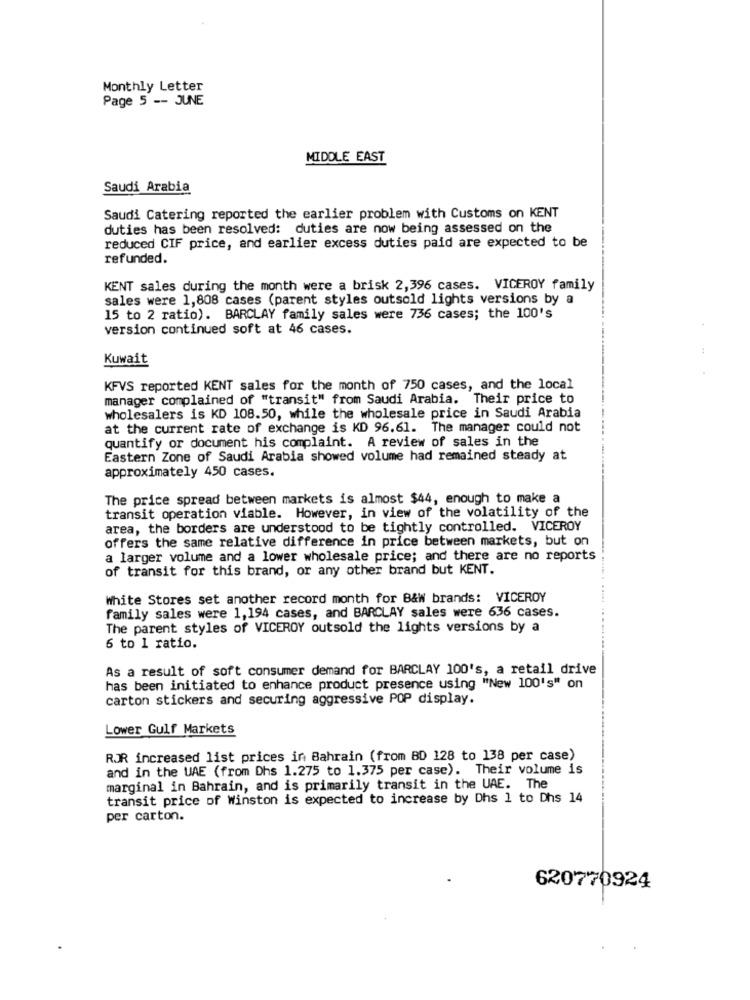
Monthly Letter
Page 5 -- JUNE
MIDDLE EAST
Saudi Arabia
Saudi Catering reported the earlier problem with Customs on KENT
duties has been resolved: duties are now being assessed on the
reduced CIF price, and earlier excess duties paid are expected to be
refunded.
KENT sales during the month were a brisk 2,396 cases. VICEROY family
sales were 1,808 cases (parent styles outsold lights versions by a
15 to 2 ratio). BARCLAY family sales were 736 cases; the 100's
version continued soft at 46 cases.
Kuwait
KFVS reported KENT sales for the month of 750 cases, and the local
manager complained of "transit" from Saudi Arabia. Their price to
wholesalers is KD 108.50, while the wholesale price in Saudi Arabia
at the current rate of exchange is KD 96.61. The manager could not
quantify or document his complaint. A review of sales in the
Eastern Zone of Saudi Arabia showed volume had remained steady at
approximately 450 cases.
The price spread between markets is almost $44, enough to make a
transit operation viable. However, in view of the volatility of the
area, the borders are understood to be tightly controlled. VICEROY
offers the same relative difference in price between markets, but on
a larger volume and a lower wholesale price; and there are no reports
of transit for this brand, or any other brand but KENT.
White Stores set another record month for B&W brands: VICEROY
family sales were 1, 194 cases, and BARCLAY sales were 636 cases.
The parent styles of VICEROY outsold the lights versions by a
6 to 1 ratio.
As a result of soft consumer demand for BARCLAY 100's, a retail drive
has been initiated to enhance product presence using "New 100's" on
carton stickers and securing aggressive POP display.
Lower Gulf Markets
RJR increased list prices in Bahrain (from BD 128 to 138 per case)
and in the UAE (from Dhs 1.275 to 1.375 per case). Their volume is
marginal in Bahrain, and is primarily transit in the UAE. The
transit price of Winston is expected to increase by Dhs 1 to Dhs 14
per carton.
620770924